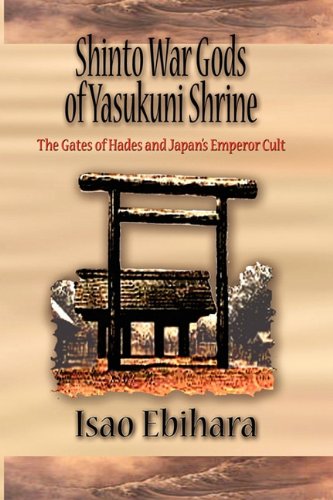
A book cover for Shinto War Gods of Yasukuni Shrine: The Gates of Hades and Japan's Emperor Cult; Isao Ebihara; Religion & Spirituality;